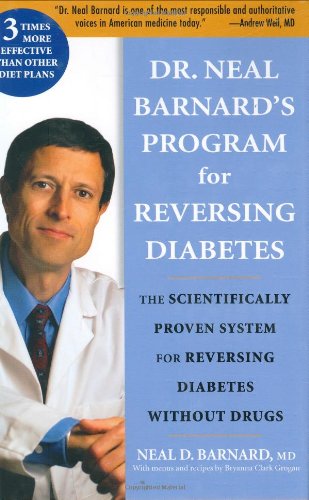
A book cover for Dr. Neal Barnard's Program for Reversing Diabetes: The Scientifically Proven System for Reversing Diabetes Without Drugs; Neal D. Barnard; Health, Fitness & Dieting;